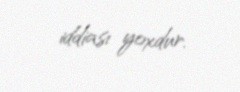
iddiası yoxdur.